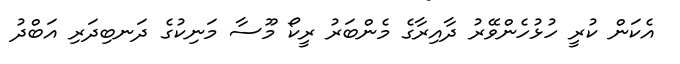
އެކަން ކުރީ ހުޅުހެންވޭރު ދާއިރާގެ މެންބަރު ރީކޯ މޫސާ މަނިކުގެ ދަނބިދަރި އަބްދު